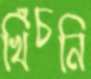
খিঁচনি